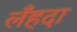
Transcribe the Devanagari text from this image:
लँहदा